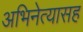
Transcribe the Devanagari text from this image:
अभिनेत्यासह